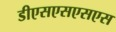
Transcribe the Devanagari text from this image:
डीएसएसएसएस